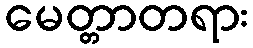
မေတ္တာတရား